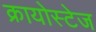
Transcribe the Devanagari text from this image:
क्रायोस्टेज